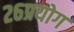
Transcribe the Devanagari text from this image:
२६प्रयोग